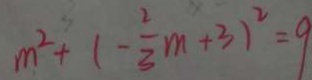
m ^ { 2 } + ( - \frac { 2 } { 3 } m + 3 ) ^ { 2 } = 9